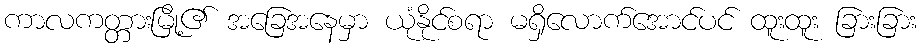
ကာလကတ္တားမြို့၏ အခြေအနေမှာ ယုံနိုင်စရာ မရှိလောက်အောင်ပင် ထူးထူး ခြားခြား